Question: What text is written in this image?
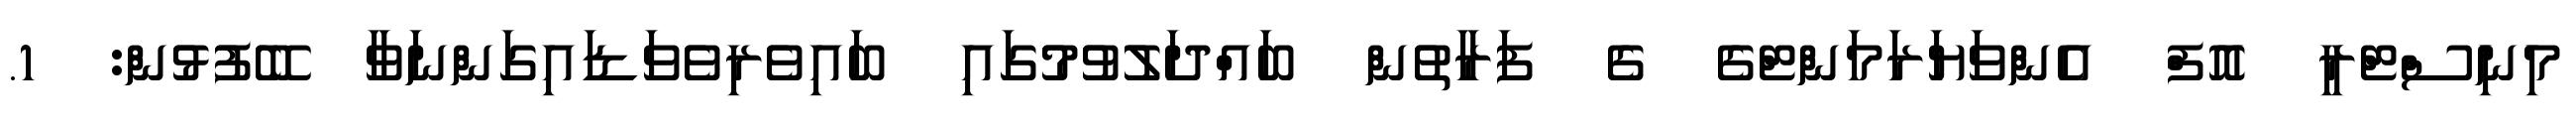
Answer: މިނިސްޓްރީ އޮފް އެންވަޔަރަމަންޓްގެ ގެ ފަރާތުން ބައްދަލުވުމުގައި ބައިވެރިވެވަޑައިގަންނަވާ ބޭފުޅުން: 1.